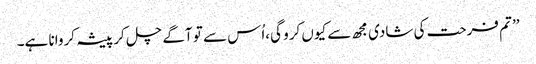
’’ تم فرحت کی شادی مجھ سے کیوں کرو گی،اُس سے تو آگے چل کر پیشہ کروانا ہے۔